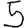
Digit: 5